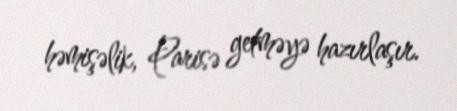
həmişəlik, Parisə getməyə hazırlaşır.